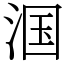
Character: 𬇹